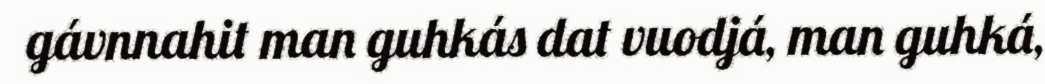
gávnnahit man guhkás dat vuodjá, man guhká,